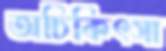
অচিকিৎসা